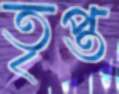
তৃপ্ত